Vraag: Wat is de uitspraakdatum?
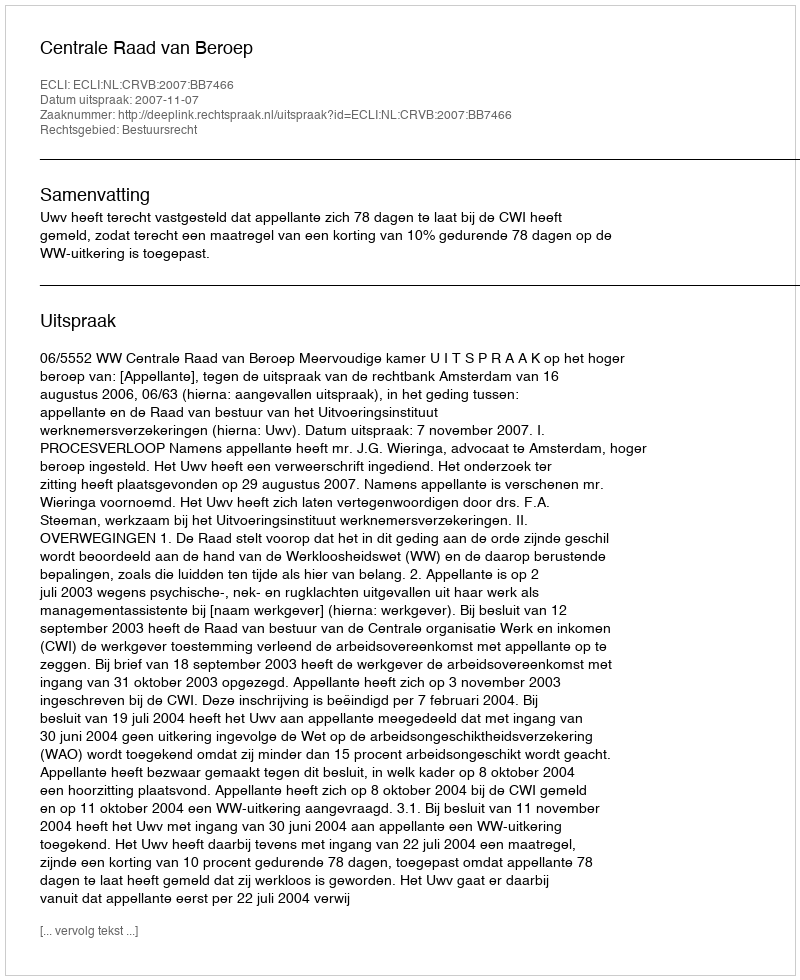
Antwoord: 2007-11-07